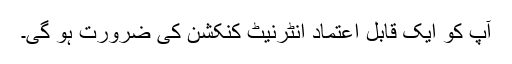
آپ کو ایک قابل اعتماد انٹرنیٹ کنکشن کی ضرورت ہو گی۔